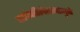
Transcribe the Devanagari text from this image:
कादंबरीलेखनामुळे